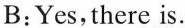
B:Yes,there is.